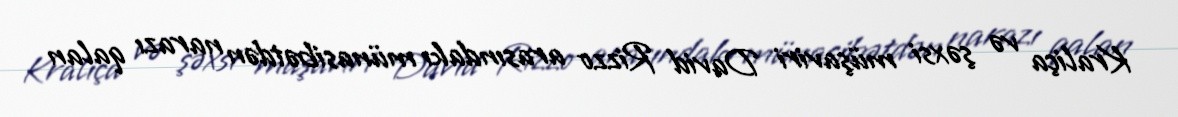
Kraliça və şəxsi müşaviri David Rizzo arasındakı münasibətdən narazı qalan